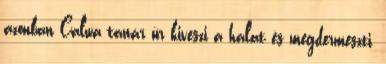
azonban Calwa tanár úr kiveszi a halat és megdermeszti,